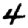
Digit: 4